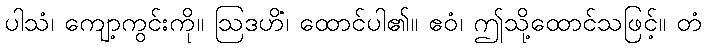
ပါသံ၊ ကျော့ကွင်းကို။ ဩဒဟိံ၊ ထောင်ပါ၏။ ဧဝံ၊ ဤသို့ထောင်သဖြင့်။ တံ